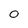
Character: 0